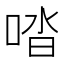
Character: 𠴲